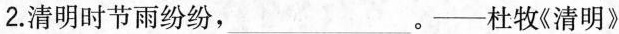
2.清明时节雨纷纷，___ 。---杜牧《清明》